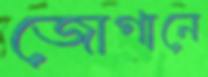
জোগানে